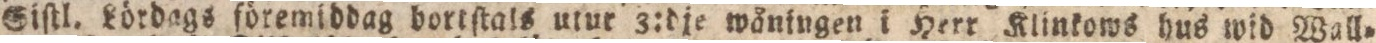
Siſtl. Lördags föremiddag bortſtals utur 3:dje wåningen i Herr Klinkows hus wid Wall=